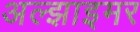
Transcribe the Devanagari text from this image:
अल्‍झाइमर